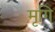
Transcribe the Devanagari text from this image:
मृगि